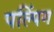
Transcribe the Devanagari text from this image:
पल्पिंग